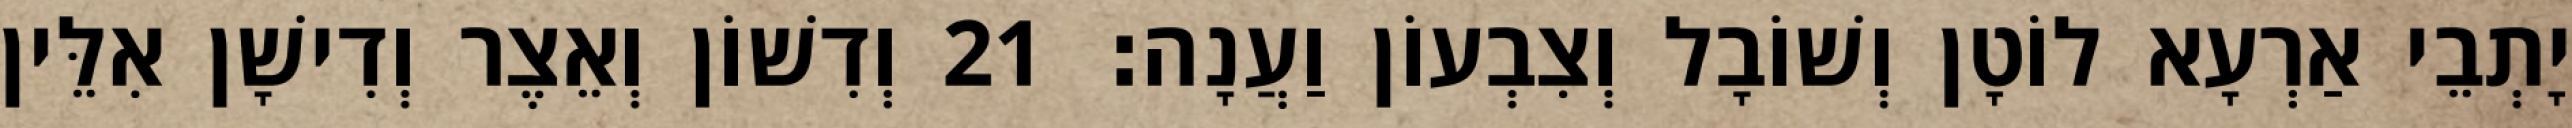
יָתְבֵי אַרְעָא לוֹטָן וְשׁוֹבָל וְצִבְעוֹן וַעֲנָה׃ 21 וְדִשׁוֹן וְאֵצֶר וְדִישָׁן אִלֵּין